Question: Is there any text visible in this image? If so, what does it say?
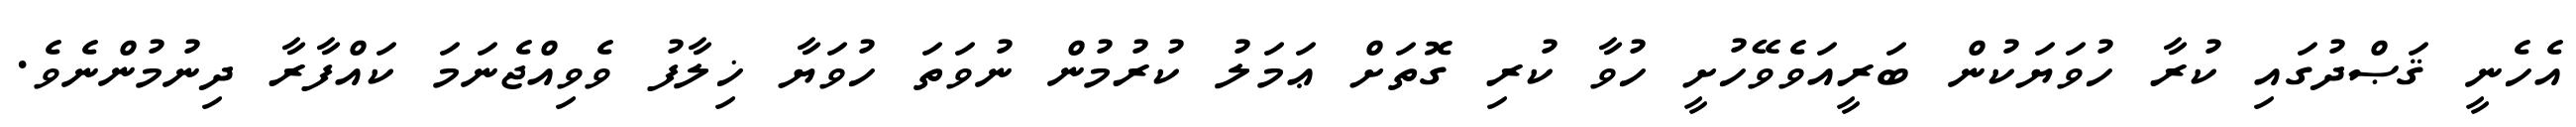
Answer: އެހެނީ ޤަޞްދުގައި ކުރާ ހުވަޔަކުން ބަރީއަވެވޭހުށީ ހުވާ ކުރި ގޮތަށް ޢަމަލު ކުރުމުން ނުވަތަ ހުވަޔާ ޚިލާފު ވެވިއްޖެނަމަ ކައްފާރާ ދިނުމުންނެވެ.